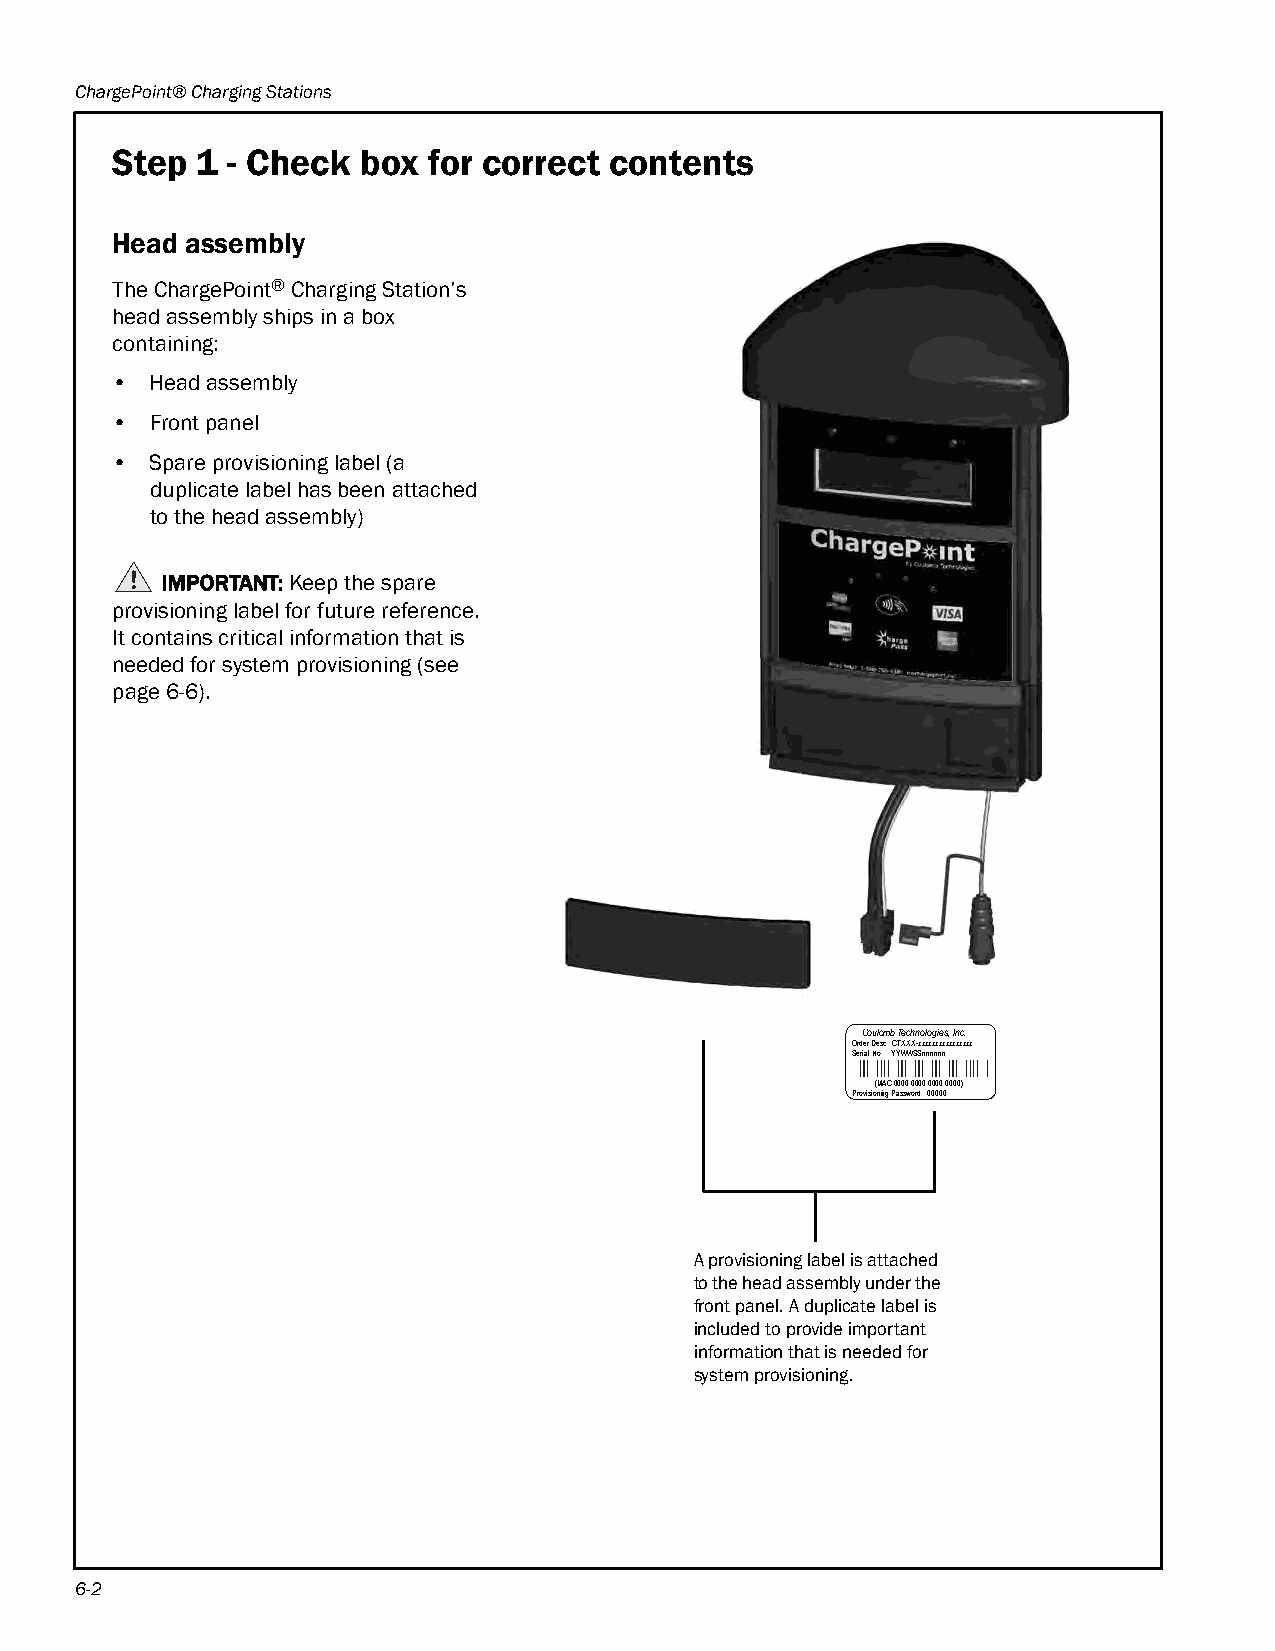
ChargePoint® Charging Stations
 Step  1 - Check  box for correct contents
 Head assembly
 The ChargePoint® Charging Station’s
 head assembly ships in a box
 containing:
 •  Head assembly
 •  Front panel
 •  Spare provisioning label (a
 duplicate label has been attached
 to the head assembly)
 IMPORTANT: Keep the spare
 provisioning label for future reference.
 It contains critical information that is
 needed for system provisioning (see
 page6-6).
 Coulomb Technologies, Inc.
 Order Desc.: CTXXX-zzzzzzzzzzzzzzzz
 Serial No: YYWWSSnnnnnn
 (MAC 0000:0000:0000:0000)
 Provisioning Password 00000
 A provisioning label is attached
 to the head assembly under the
 front panel. A duplicate label is
 included to provide important
 information that is needed for
 system provisioning.
 6-2